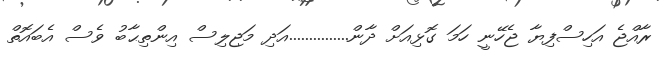
ރާއްޖެ އަހިސްފިޔާ ޖެހޭނީ ހަމަ ގޮޅިއަށް ދާން...............އަދި މަޖިލިސް އިންތިޙާބު ވެސް އެބައޮތް